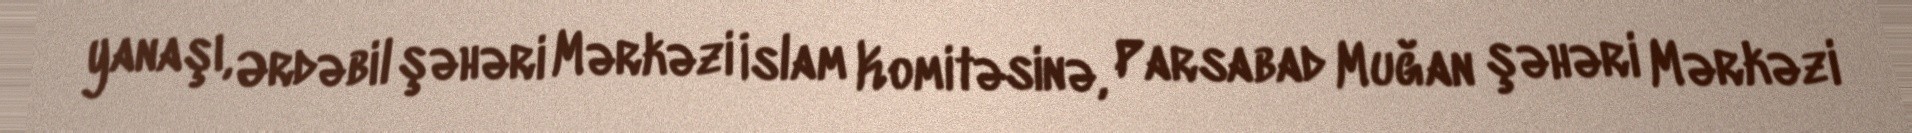
yanaşı, Ərdəbil şəhəri Mərkəzi İslam Komitəsinə, Parsabad Muğan şəhəri Mərkəzi